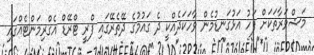
މަޝްވަރާތަކަށް ފަހު އަޅުގަނޑުމެން ވާހަކަދެއްކީ ދެ ގައުމުގެ ދޭތެރޭގައި ފްރީ ޓްރޭޑް އެގްރިމަންޓެއްގައި